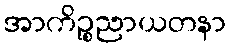
အာကိဉ္စညာယတနာ